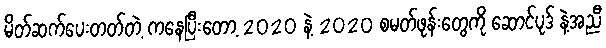
မိတ်ဆက်ပေးတတ်တဲ့ ကနေပြီးတော့ 2020 နဲ့ 2020 စမတ်ဖုန်းတွေကို ဆောင်ပုဒ် နဲ့အညီ